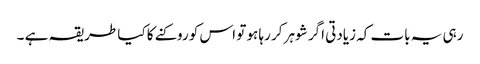
رہی یہ بات کہ زیادتی اگر شوہر کر رہا ہو تو اس کو روکنے کا کیا طریقہ ہے ۔